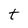
Character: t